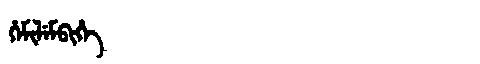
Manchu: ᡥᡝᠮᡳᠯᡝᠮᠪᡳᡥᡝ
Romanization: HEMILEMBIHE